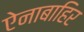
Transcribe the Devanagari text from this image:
ऐनाबाहिर